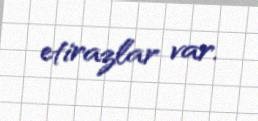
etirazlar var.